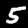
Digit: 5